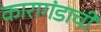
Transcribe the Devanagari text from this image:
कारागंडाची